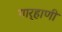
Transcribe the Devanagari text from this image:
गार्‍हाणी